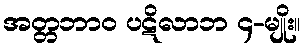
အတ္တဘာဝ ပဋိလာဘ ၄-မျိုး။